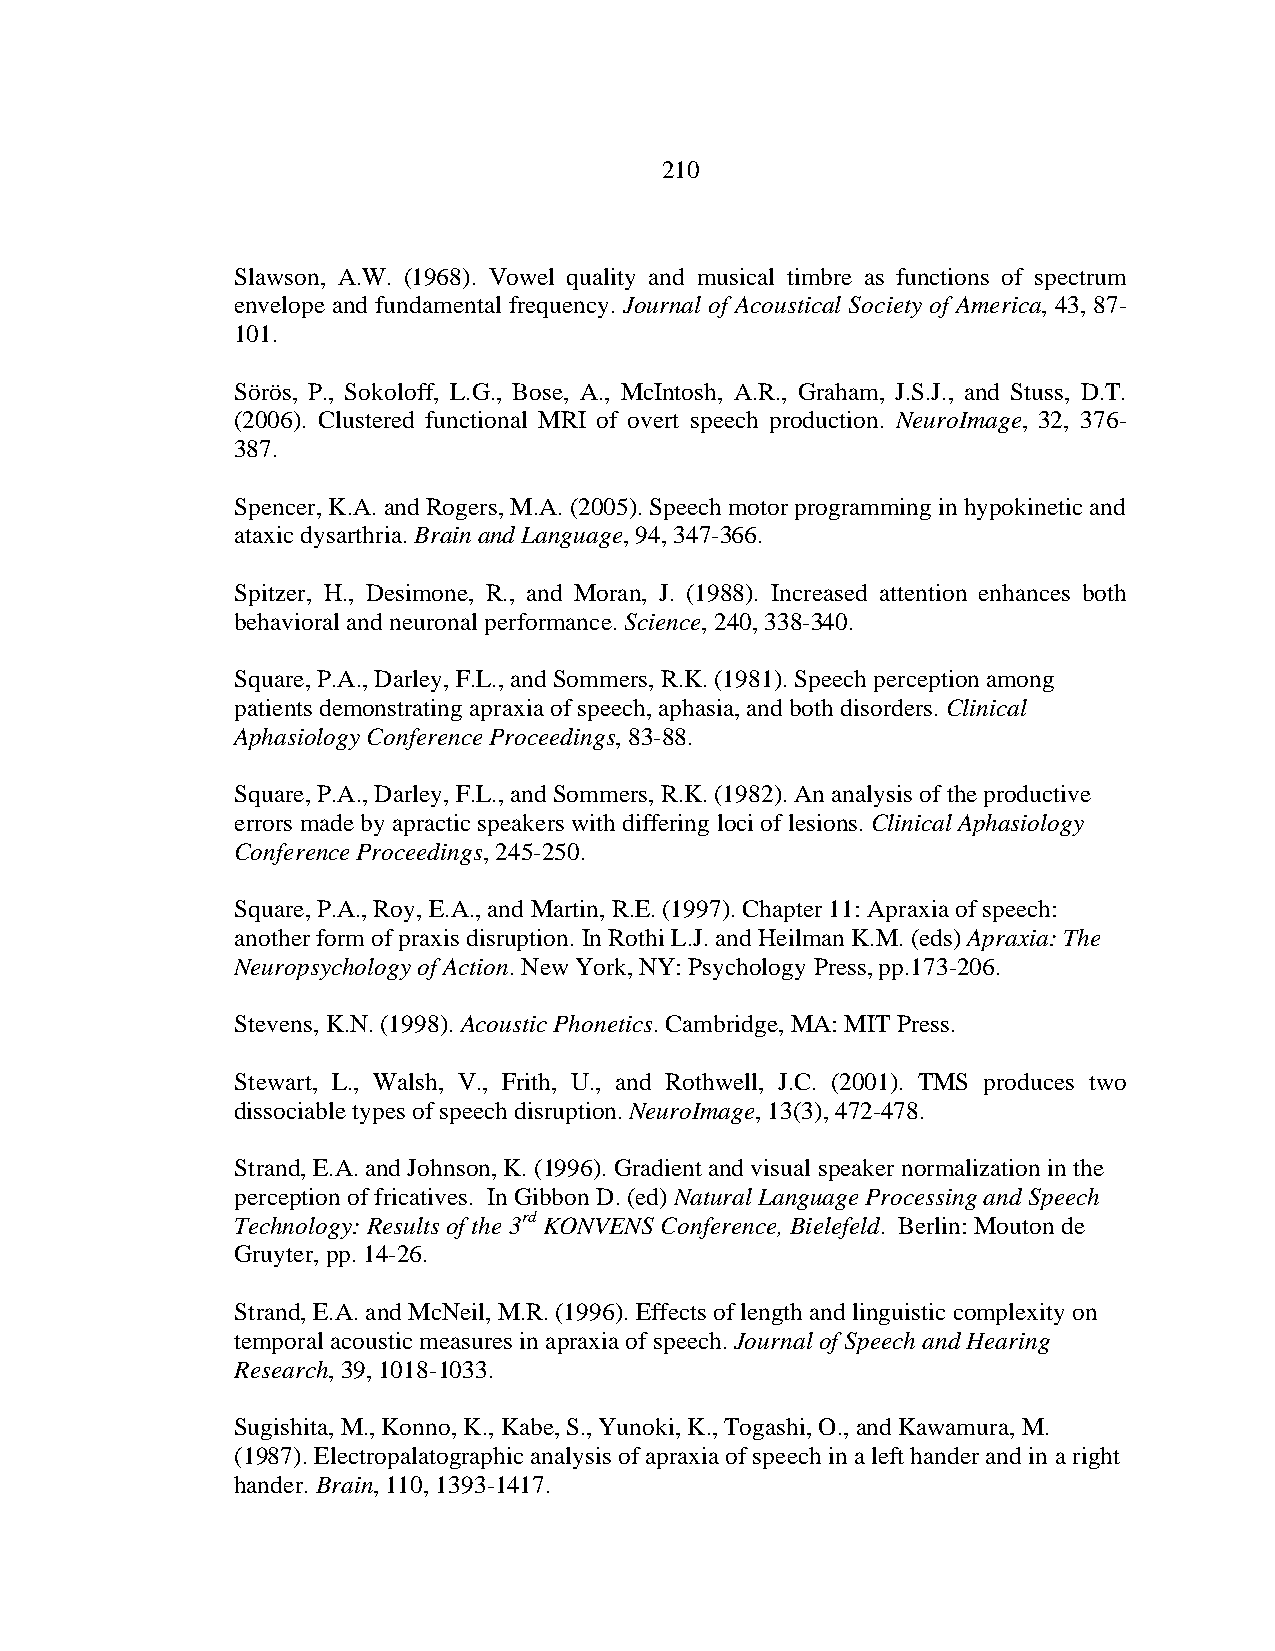
210
 Slawson, A.W. (1968). Vowel quality and musical timbre as functions of spectrum
 envelope and fundamental frequency. Journal of Acoustical Society of America, 43, 87-
 101.
 Sörös, P., Sokoloff, L.G., Bose, A., McIntosh, A.R., Graham, J.S.J., and Stuss, D.T.
 (2006). Clustered functional MRI of overt speech production. NeuroImage, 32, 376-
 387.
 Spencer, K.A. and Rogers, M.A. (2005). Speech motor programming in hypokinetic and
 ataxic dysarthria. Brain and Language, 94, 347-366.
 Spitzer, H., Desimone, R., and Moran, J. (1988). Increased attention enhances both
 behavioral and neuronal performance. Science, 240, 338-340.
 Square, P.A., Darley, F.L., and Sommers, R.K. (1981). Speech perception among
 patients demonstrating apraxia of speech, aphasia, and both disorders. Clinical
 Aphasiology Conference Proceedings, 83-88.
 Square, P.A., Darley, F.L., and Sommers, R.K. (1982). An analysis of the productive
 errors made by apractic speakers with differing loci of lesions. Clinical Aphasiology
 Conference Proceedings, 245-250.
 Square, P.A., Roy, E.A., and Martin, R.E. (1997). Chapter 11: Apraxia of speech:
 another form of praxis disruption. In Rothi L.J. and Heilman K.M. (eds) Apraxia: The
 Neuropsychology of Action. New York, NY: Psychology Press, pp.173-206.
 Stevens, K.N. (1998). Acoustic Phonetics. Cambridge, MA: MIT Press.
 Stewart, L., Walsh, V., Frith, U., and Rothwell, J.C. (2001). TMS produces two
 dissociable types of speech disruption. NeuroImage, 13(3), 472-478.
 Strand, E.A. and Johnson, K. (1996). Gradient and visual speaker normalization in the
 perception of fricatives. In Gibbon D. (ed) Natural Language Processing and Speech
 Technology: Results of the 3rd KONVENS Conference, Bielefeld. Berlin: Mouton de
 Gruyter, pp. 14-26.
 Strand, E.A. and McNeil, M.R. (1996). Effects of length and linguistic complexity on
 temporal acoustic measures in apraxia of speech. Journal of Speech and Hearing
 Research, 39, 1018-1033.
 Sugishita, M., Konno, K., Kabe, S., Yunoki, K., Togashi, O., and Kawamura, M.
 (1987). Electropalatographic analysis of apraxia of speech in a left hander and in a right
 hander. Brain, 110, 1393-1417.